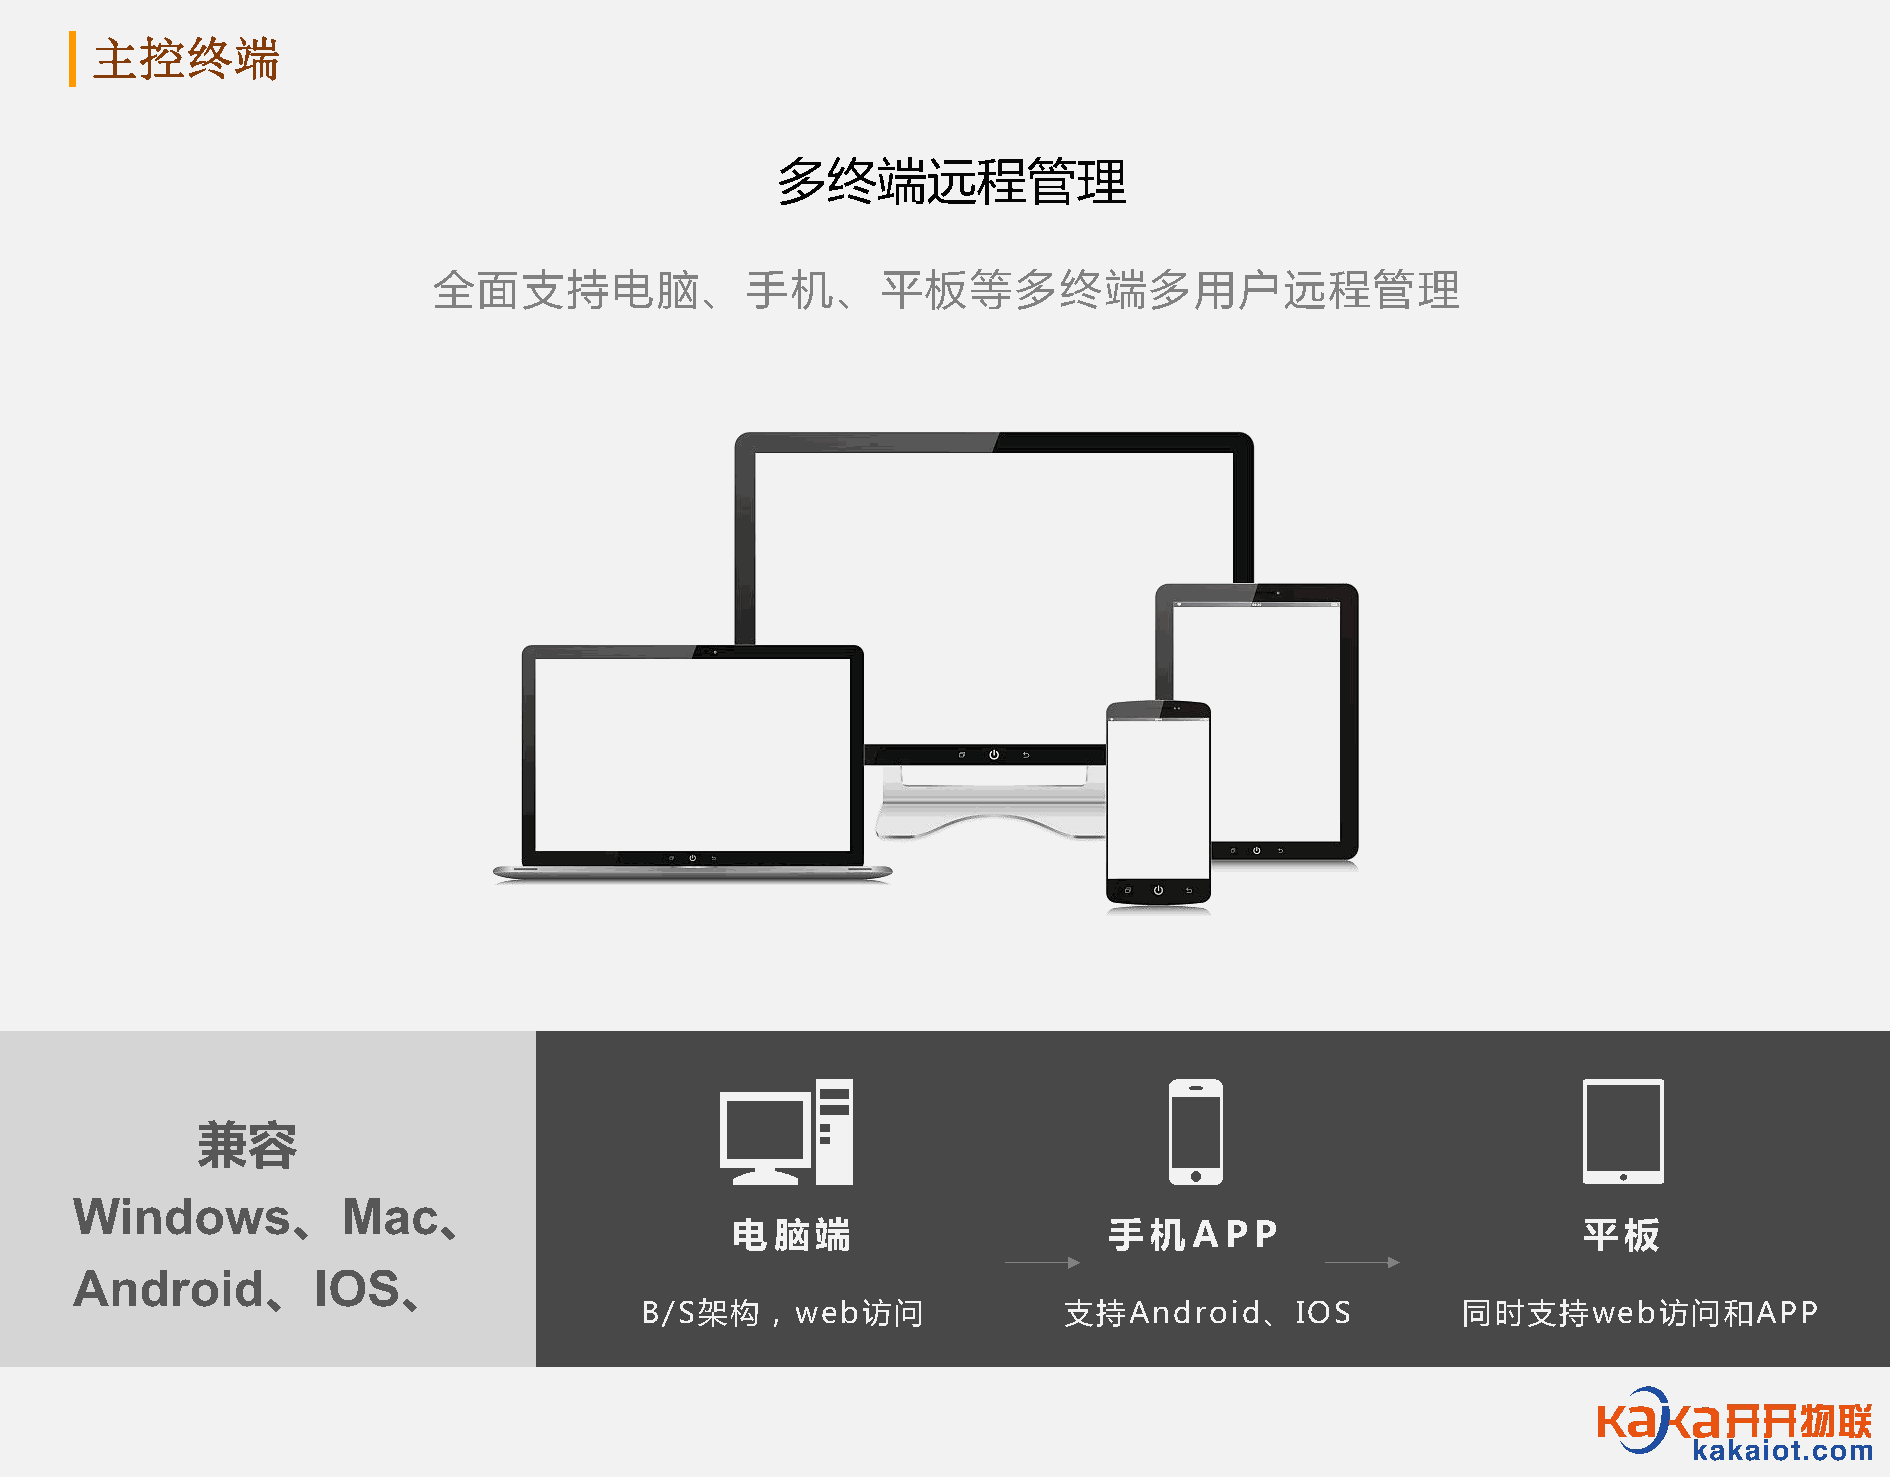
主控终端
 多终端远程管理
 全面支持电脑、手机、平板等多终端多用户远程管理
 兼容
 Windows、Mac、
 电脑端                      手机APP                           平板
 Android、IOS、
 B/S架构，web访问                 支持Android、IOS              同时支持web访问和APP